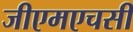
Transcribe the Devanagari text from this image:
जीएमएचसी